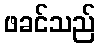
ဖခင်သည်